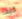
كيف